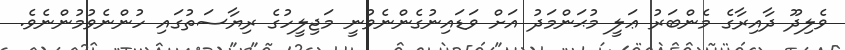
ވެލިދޫ ދާއިރާގެ މެންބަރު ޢަލީ މުޙަންމަދު އަށް ވަޑައިނުގެންނެވުނީ މަޖިލީހުގެ ރިޔާސަތުގައި ހުންނެވުމުންނެވެ.